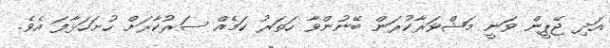
އަދި ޖޭޕީން ވަނީ މަޝްވަރާކުރަން ބޭނުންވާ ހަތަރު ކަމެއް ސަރުކާރަށް ހުށަހަޅާފަ އެވެ.